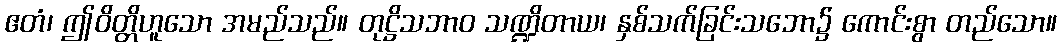
ဧတံ၊ ဤဝိတ္တိဟူသော အမည်သည်။ တုဋ္ဌိသဘာဝ သဏ္ဍိတာယ၊ နှစ်သက်ခြင်းသဘော၌ ကောင်းစွာ တည်သော။